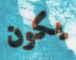
يكون